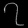
Digit: ၇